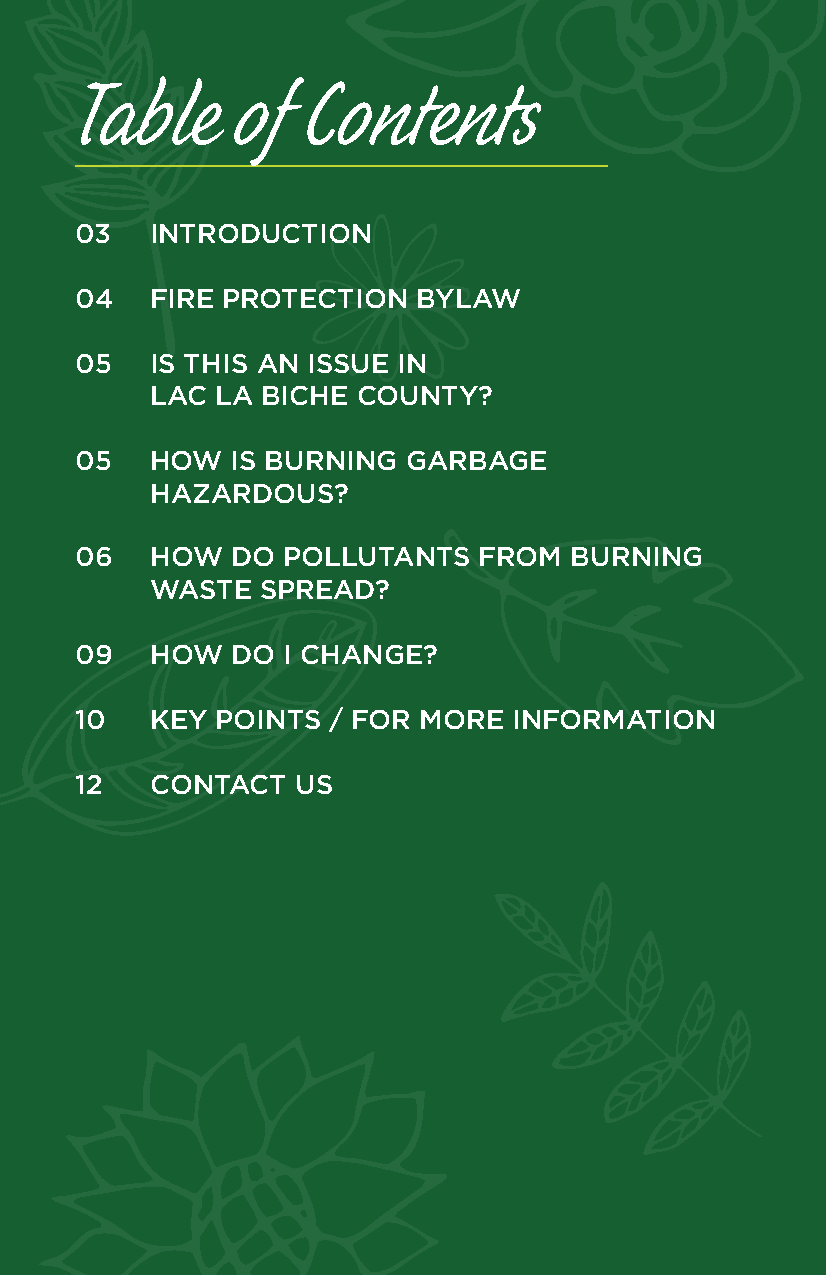
Table      of  Contents
 03   INTRODUCTION
 04   FIRE PROTECTION   BYLAW
 05   IS THIS AN ISSUE IN
 LAC LA BICHE  COUNTY?
 05   HOW  IS BURNING  GARBAGE
 HAZARDOUS?
 06   HOW  DO  POLLUTANTS   FROM  BURNING
 WASTE  SPREAD?
 09   HOW  DO  I CHANGE?
 10   KEY POINTS  / FOR MORE  INFORMATION
 12   CONTACT   US
 02